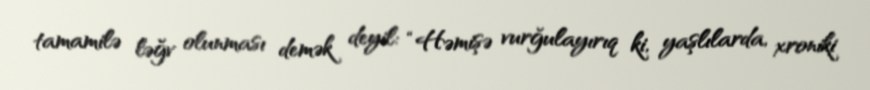
tamamilə ləğv olunması demək deyil: “Həmişə vurğulayırıq ki, yaşlılarda, xroniki